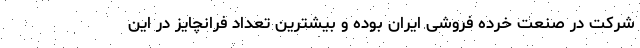
شرکت در صنعت خرده فروشی ایران بوده و بیشترین تعداد فرانچایز در این